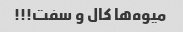
میوه‌ها کال و سفت!!!